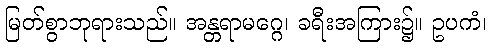
မြတ်စွာဘုရားသည်။ အန္တရာမဂ္ဂေ၊ ခရီးအကြား၌။ ဥပကံ၊